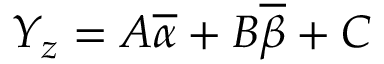
Y _ { z } = A \overline { { \alpha } } + B \overline { { \beta } } + C